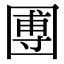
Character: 圑